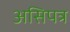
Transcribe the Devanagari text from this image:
असिपत्र